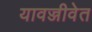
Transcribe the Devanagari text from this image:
यावज्जीवेत